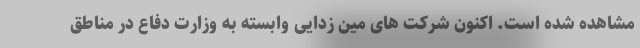
مشاهده شده است. اکنون شرکت های مین زدایی وابسته به وزارت دفاع در مناطق